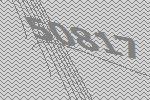
50817